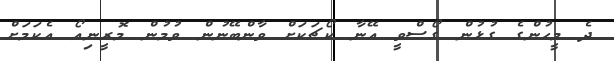
ދެ މީހުންގެ ގުޅުން ގޯސްވީ އޭނާ ކޯޗަކަށް ވާންބޭނުން ވުމުން މޮރީނިއޯ އެކަމަށް